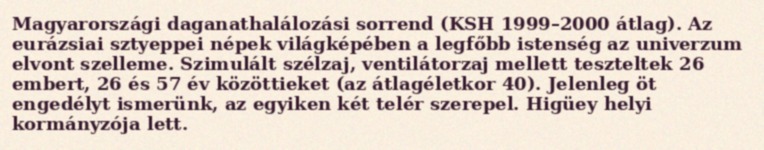
Magyarországi daganathalálozási sorrend (KSH 1999–2000 átlag). Az eurázsiai sztyeppei népek világképében a legfőbb istenség az univerzum elvont szelleme. Szimulált szélzaj, ventilátorzaj mellett teszteltek 26 embert, 26 és 57 év közöttieket (az átlagéletkor 40). Jelenleg öt engedélyt ismerünk, az egyiken két telér szerepel. Higüey helyi kormányzója lett.